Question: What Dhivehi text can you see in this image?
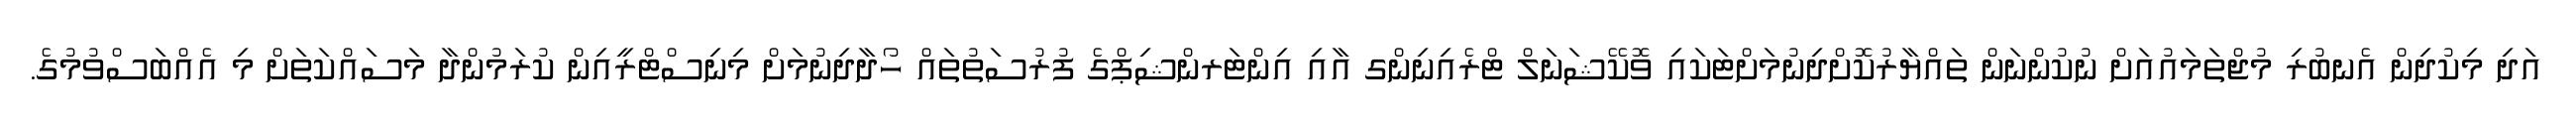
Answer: އަދި މިކުދިން އެނބުރި މުޖްތަމައުއަށް ނުކުންނަން ތައްޔާރުކޮށްދިނުމަށްޓަކައި ވޮކޭޝަނަލް ޓްރެއިނިންގ އާއި އިންޓަރންޝިޕްގެ ފުރުސަތުތައް ހޯދާދިނުމަށް މިނިސްޓްރީއިން ކުރަމުންދާ މަސައްކަތަށް މި އެއްބަސްވުމުގެ.